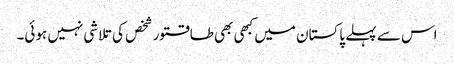
اس سے پہلے پاکستان میں کبھی بھی طاقتور شخص کی تلاشی نہیں ہوئی۔